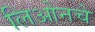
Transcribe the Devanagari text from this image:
लिओनचे